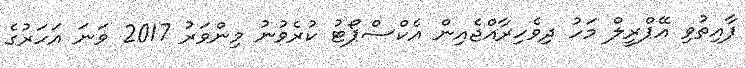
ފާއިތުވި އޭޕްރީލް މަހު ދިވެހިރާއްޖެއިން އެކްސްޕޯޓު ކުރެވުނު މިންވަރު 2017 ވަނަ އަހަރުގެ